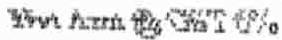
NET AMT @ GST6%